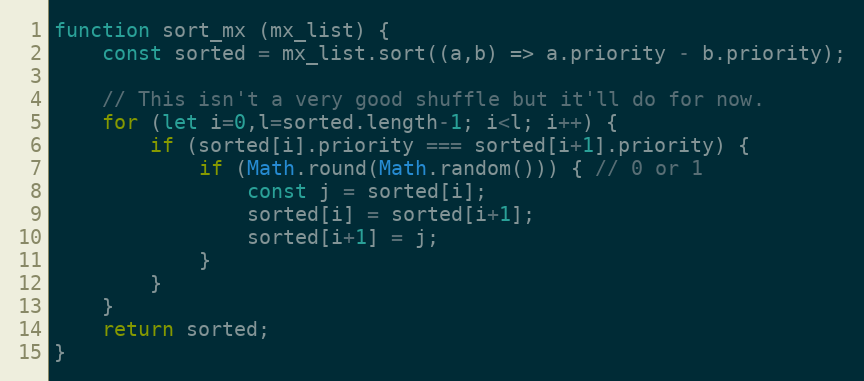
Language: JavaScript
function sort_mx (mx_list) {
    const sorted = mx_list.sort((a,b) => a.priority - b.priority);

    // This isn't a very good shuffle but it'll do for now.
    for (let i=0,l=sorted.length-1; i<l; i++) {
        if (sorted[i].priority === sorted[i+1].priority) {
            if (Math.round(Math.random())) { // 0 or 1
                const j = sorted[i];
                sorted[i] = sorted[i+1];
                sorted[i+1] = j;
            }
        }
    }
    return sorted;
}